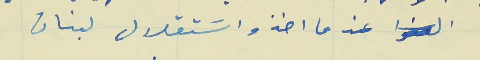
عندما اخذو اسَتقلال لبنان